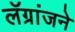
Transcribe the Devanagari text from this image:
लॅग्रांजने